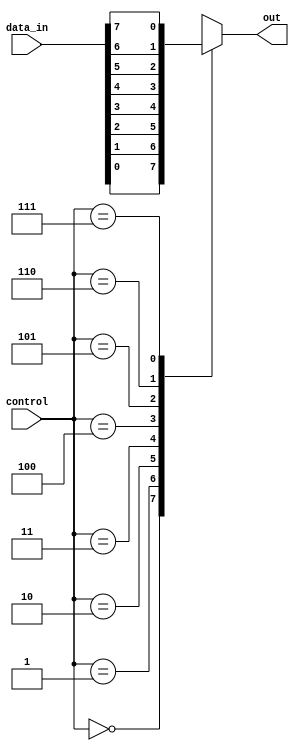
module multiplexer_8to1 (
  input [7:0] data_in,
  input [2:0] control,
  output reg out
);

always @ (data_in or control)
begin
  case (control)
    3'b000: out = data_in[0];
    3'b001: out = data_in[1];
    3'b010: out = data_in[2];
    3'b011: out = data_in[3];
    3'b100: out = data_in[4];
    3'b101: out = data_in[5];
    3'b110: out = data_in[6];
    3'b111: out = data_in[7];
    default: out = 0;
  endcase
end

endmodule